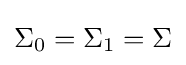
\Sigma _{0}=\Sigma _{1}=\Sigma